Vaccination Hyderabad 1890-1903 - 1890-1903
Year: 1890
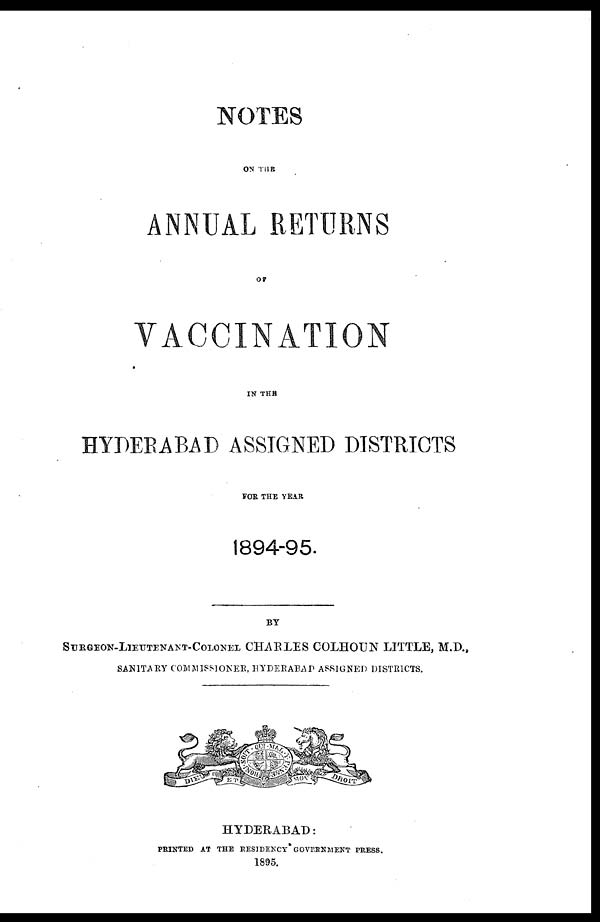
NOTES
ON THE
ANNUAL RETURNS
OF
VACCINATION
IN THE
HYDERABAD ASSIGNED DISTRICTS
FOR THE YEAR
1894-95.
BY
SURGEON-LIEUTENANT-COLONEL CHARLES COLHOUN LITTLE, M.D.,
SANITARY COMMISSIONER, HYDERABAD ASSIGNED DISTRICTS.
HYDERABAD:
PRINTED AT THE RESIDENCY GOVERNMENT PRESS.
1895.